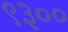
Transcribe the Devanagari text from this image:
९३००